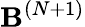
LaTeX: \mathbf{B}^{(N+1)}